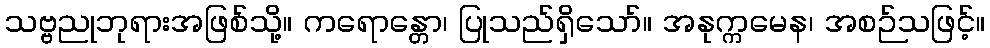
သဗ္ဗညုဘုရားအဖြစ်သို့။ ကရောန္တော၊ ပြုသည်ရှိသော်။ အနုက္ကမေန၊ အစဉ်သဖြင့်။